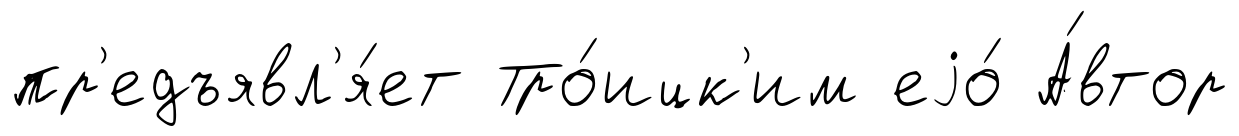
пр'едъявл'я́ет Тро́ицк'им еjо́ А́втор